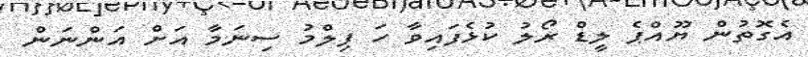
އެގޮތުން ޔޫއްޕެ ލީޑް ރޯލު ކުޅެފައިވާ ހަ ފިލްމު ސިނަމާ އަށް އަންނަން